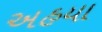
અહયા